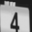
Digit: 4